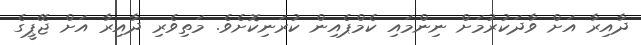
ދާއިރާ އަށް ވާދަކުރުމަށް ނިންމައި ކެމްޕެއިން ކުރަނިކޮށެވެ. މަތިވެރި ދާއިރާ އަށް ޖޭޕީގެ